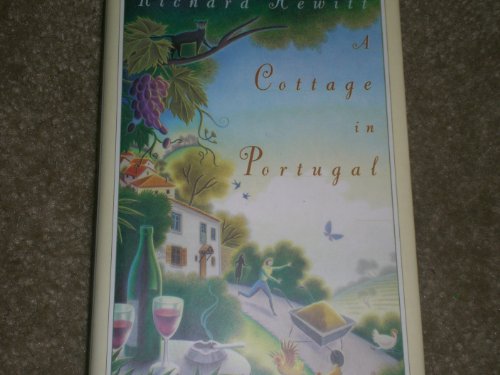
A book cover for A Cottage in Portugal; Richard Hewitt; Travel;